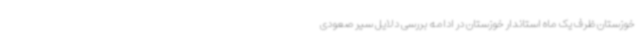
خوزستان ظرف یک ماه استاندار خوزستان در ادامه بررسی دلایل سیر صعودی